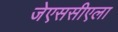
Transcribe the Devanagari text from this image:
जेएससीएला